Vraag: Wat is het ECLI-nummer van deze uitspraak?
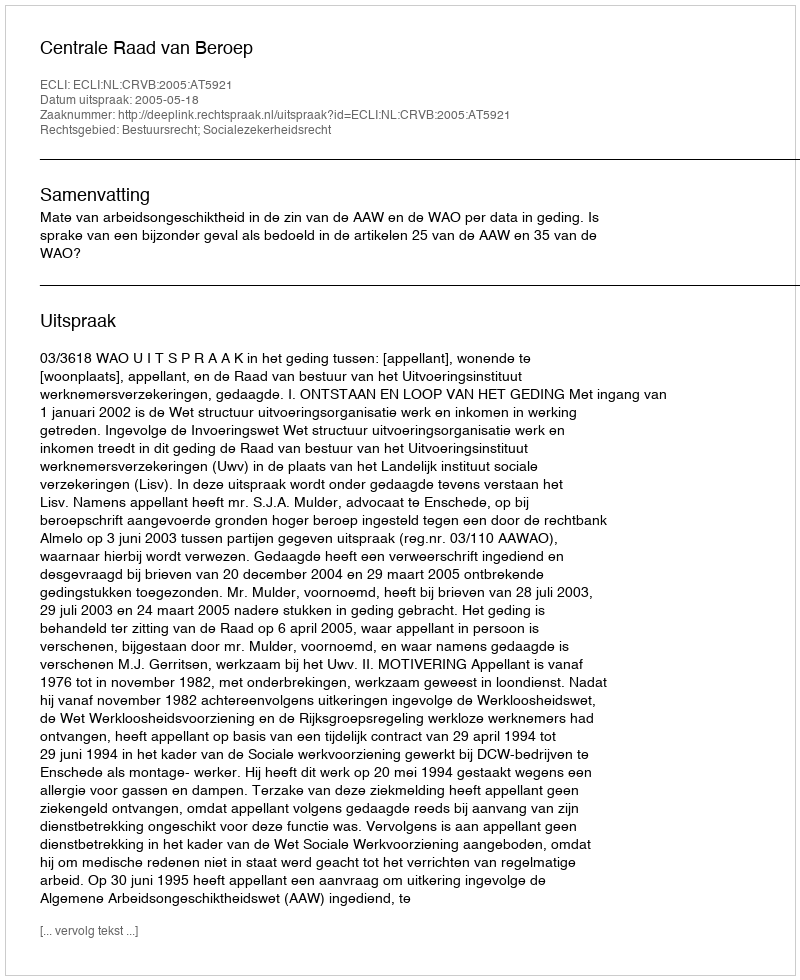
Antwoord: ECLI:NL:CRVB:2005:AT5921